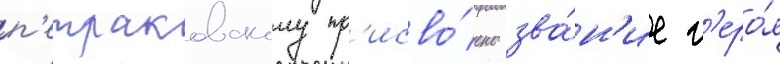
п'етраковскому пр'исво́ено зва́н'ие г'еро́я